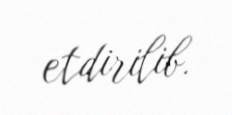
etdirilib.